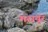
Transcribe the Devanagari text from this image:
मरायूर